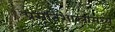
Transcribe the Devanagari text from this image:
प्रसूतिशास्त्रामध्ये